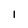
Character: l